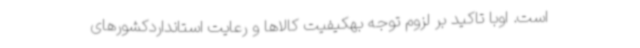
است. اوبا تاکید بر لزوم توجه بهکیفیت کالاها و رعایت استانداردکشورهای